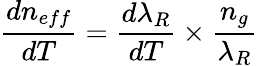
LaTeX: \frac{dn_{eff}}{dT}=\frac{d\lambda_{R}}{dT}\times\frac{n_{g}}{\lambda_{R}}